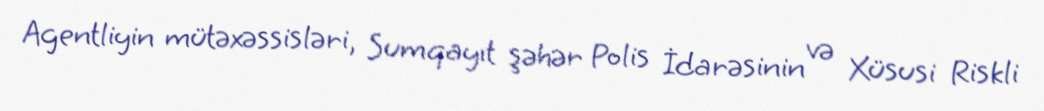
Agentliyin mütəxəssisləri, Sumqayıt şəhər Polis İdarəsinin və Xüsusi Riskli